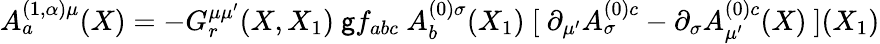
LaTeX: A_{a}^{(1,\alpha)\mu}(X)=-G_{r}^{\mu\mu^{\prime}}(X,X_{1})\ \mathsf{g}f_{abc}\ A_{b}^{(0)\sigma}(X_{1})\ [\ \partial_{\mu^{\prime}}A_{\sigma}^{(0)c}-\partial_{\sigma}A_{\mu^{\prime}}^{(0)c}(X)\ ](X_{1})